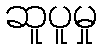
ဆူပူမှု